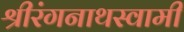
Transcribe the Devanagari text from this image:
श्रीरंगनाथस्वामी